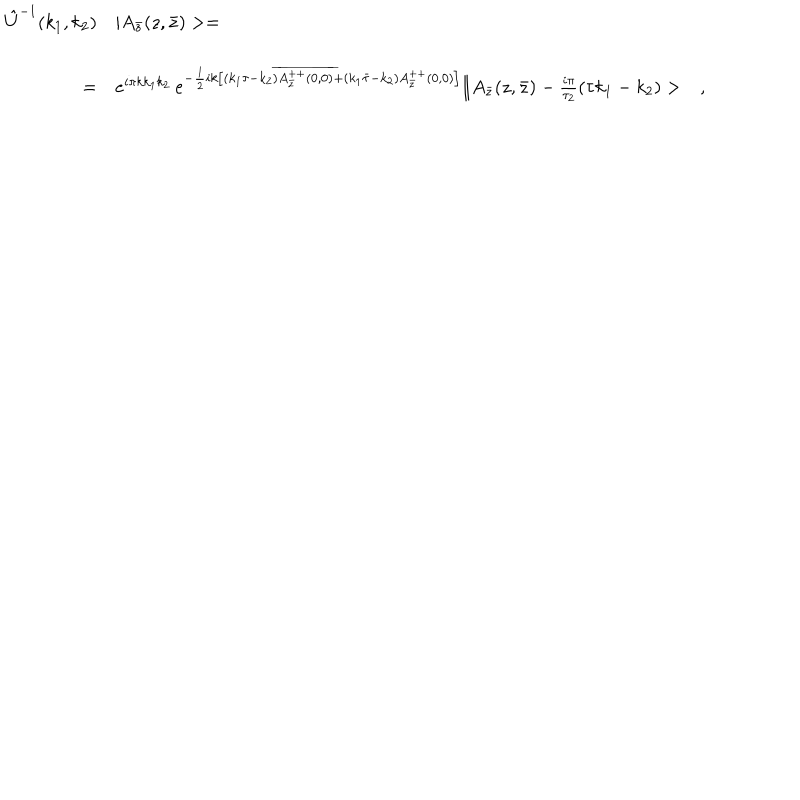
\begin{array} { r l } { { \hat { U } ^ { - 1 } ( k _ { 1 } , k _ { 2 } ) } } & { { | A _ { \bar { z } } ( z , \bar { z } ) > = } } \\ { { } } & { { } } \\ { { = } } & { { e ^ { i \pi k k _ { 1 } k _ { 2 } } \, e ^ { - \frac { 1 } { 2 } i k \left[ ( k _ { 1 } \tau - k _ { 2 } ) \overline { { { A _ { \bar { z } } ^ { + + } ( 0 , 0 ) } } } + ( k _ { 1 } \bar { \tau } - k _ { 2 } ) A _ { \bar { z } } ^ { + + } ( 0 , 0 ) \right] } \| A _ { \bar { z } } ( z , \bar { z } ) - \frac { i \pi } { \tau _ { 2 } } ( \tau k _ { 1 } - k _ { 2 } ) > \ \ \ , } } \\ \end{array}